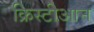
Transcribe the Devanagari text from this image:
क्रिस्टीआन